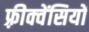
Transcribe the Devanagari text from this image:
फ़्रीक्वेंसियों